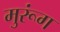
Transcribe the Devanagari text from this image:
मुरूंग